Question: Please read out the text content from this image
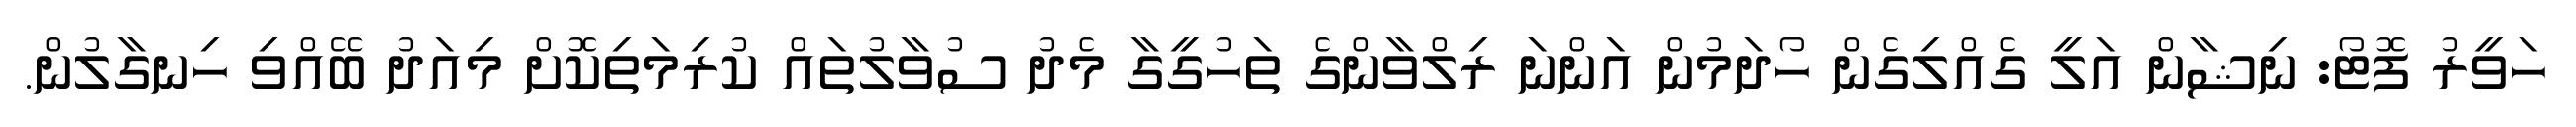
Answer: ހަވީރު ފޮޓޯ: ނިޝާން އަލީ ގެއްލިގެން ހޯދަމުން އަންނަ ރިލްވާންގެ ތަހުގީގާ މެދު ސުވާލުތައް ކުރިމަތިކޮށް މިއަދު ބޭއްވި ހިނގާލުން.